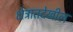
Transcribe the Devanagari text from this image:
क्षेत्रातदेखील